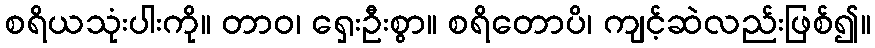
စရိယသုံးပါးကို။ တာဝ၊ ရှေးဦးစွာ။ စရိတောပိ၊ ကျင့်ဆဲလည်းဖြစ်၍။